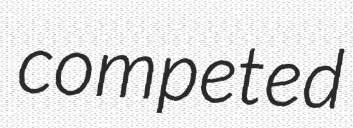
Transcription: competed